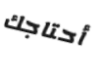
أحتاجك